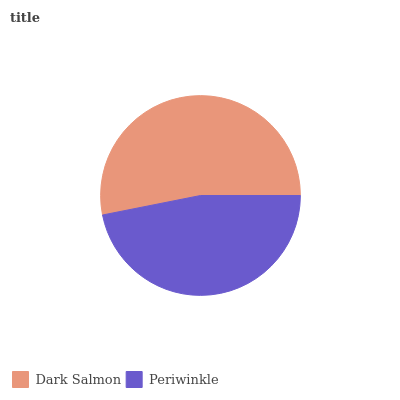
| Dark Salmon | Periwinkle |
 | --- | --- |
 | 53.1% | 46.9% |